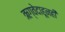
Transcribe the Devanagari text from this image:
ऋग्वेदाहूनही